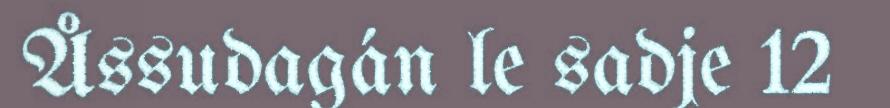
Åssudagán le sadje 12